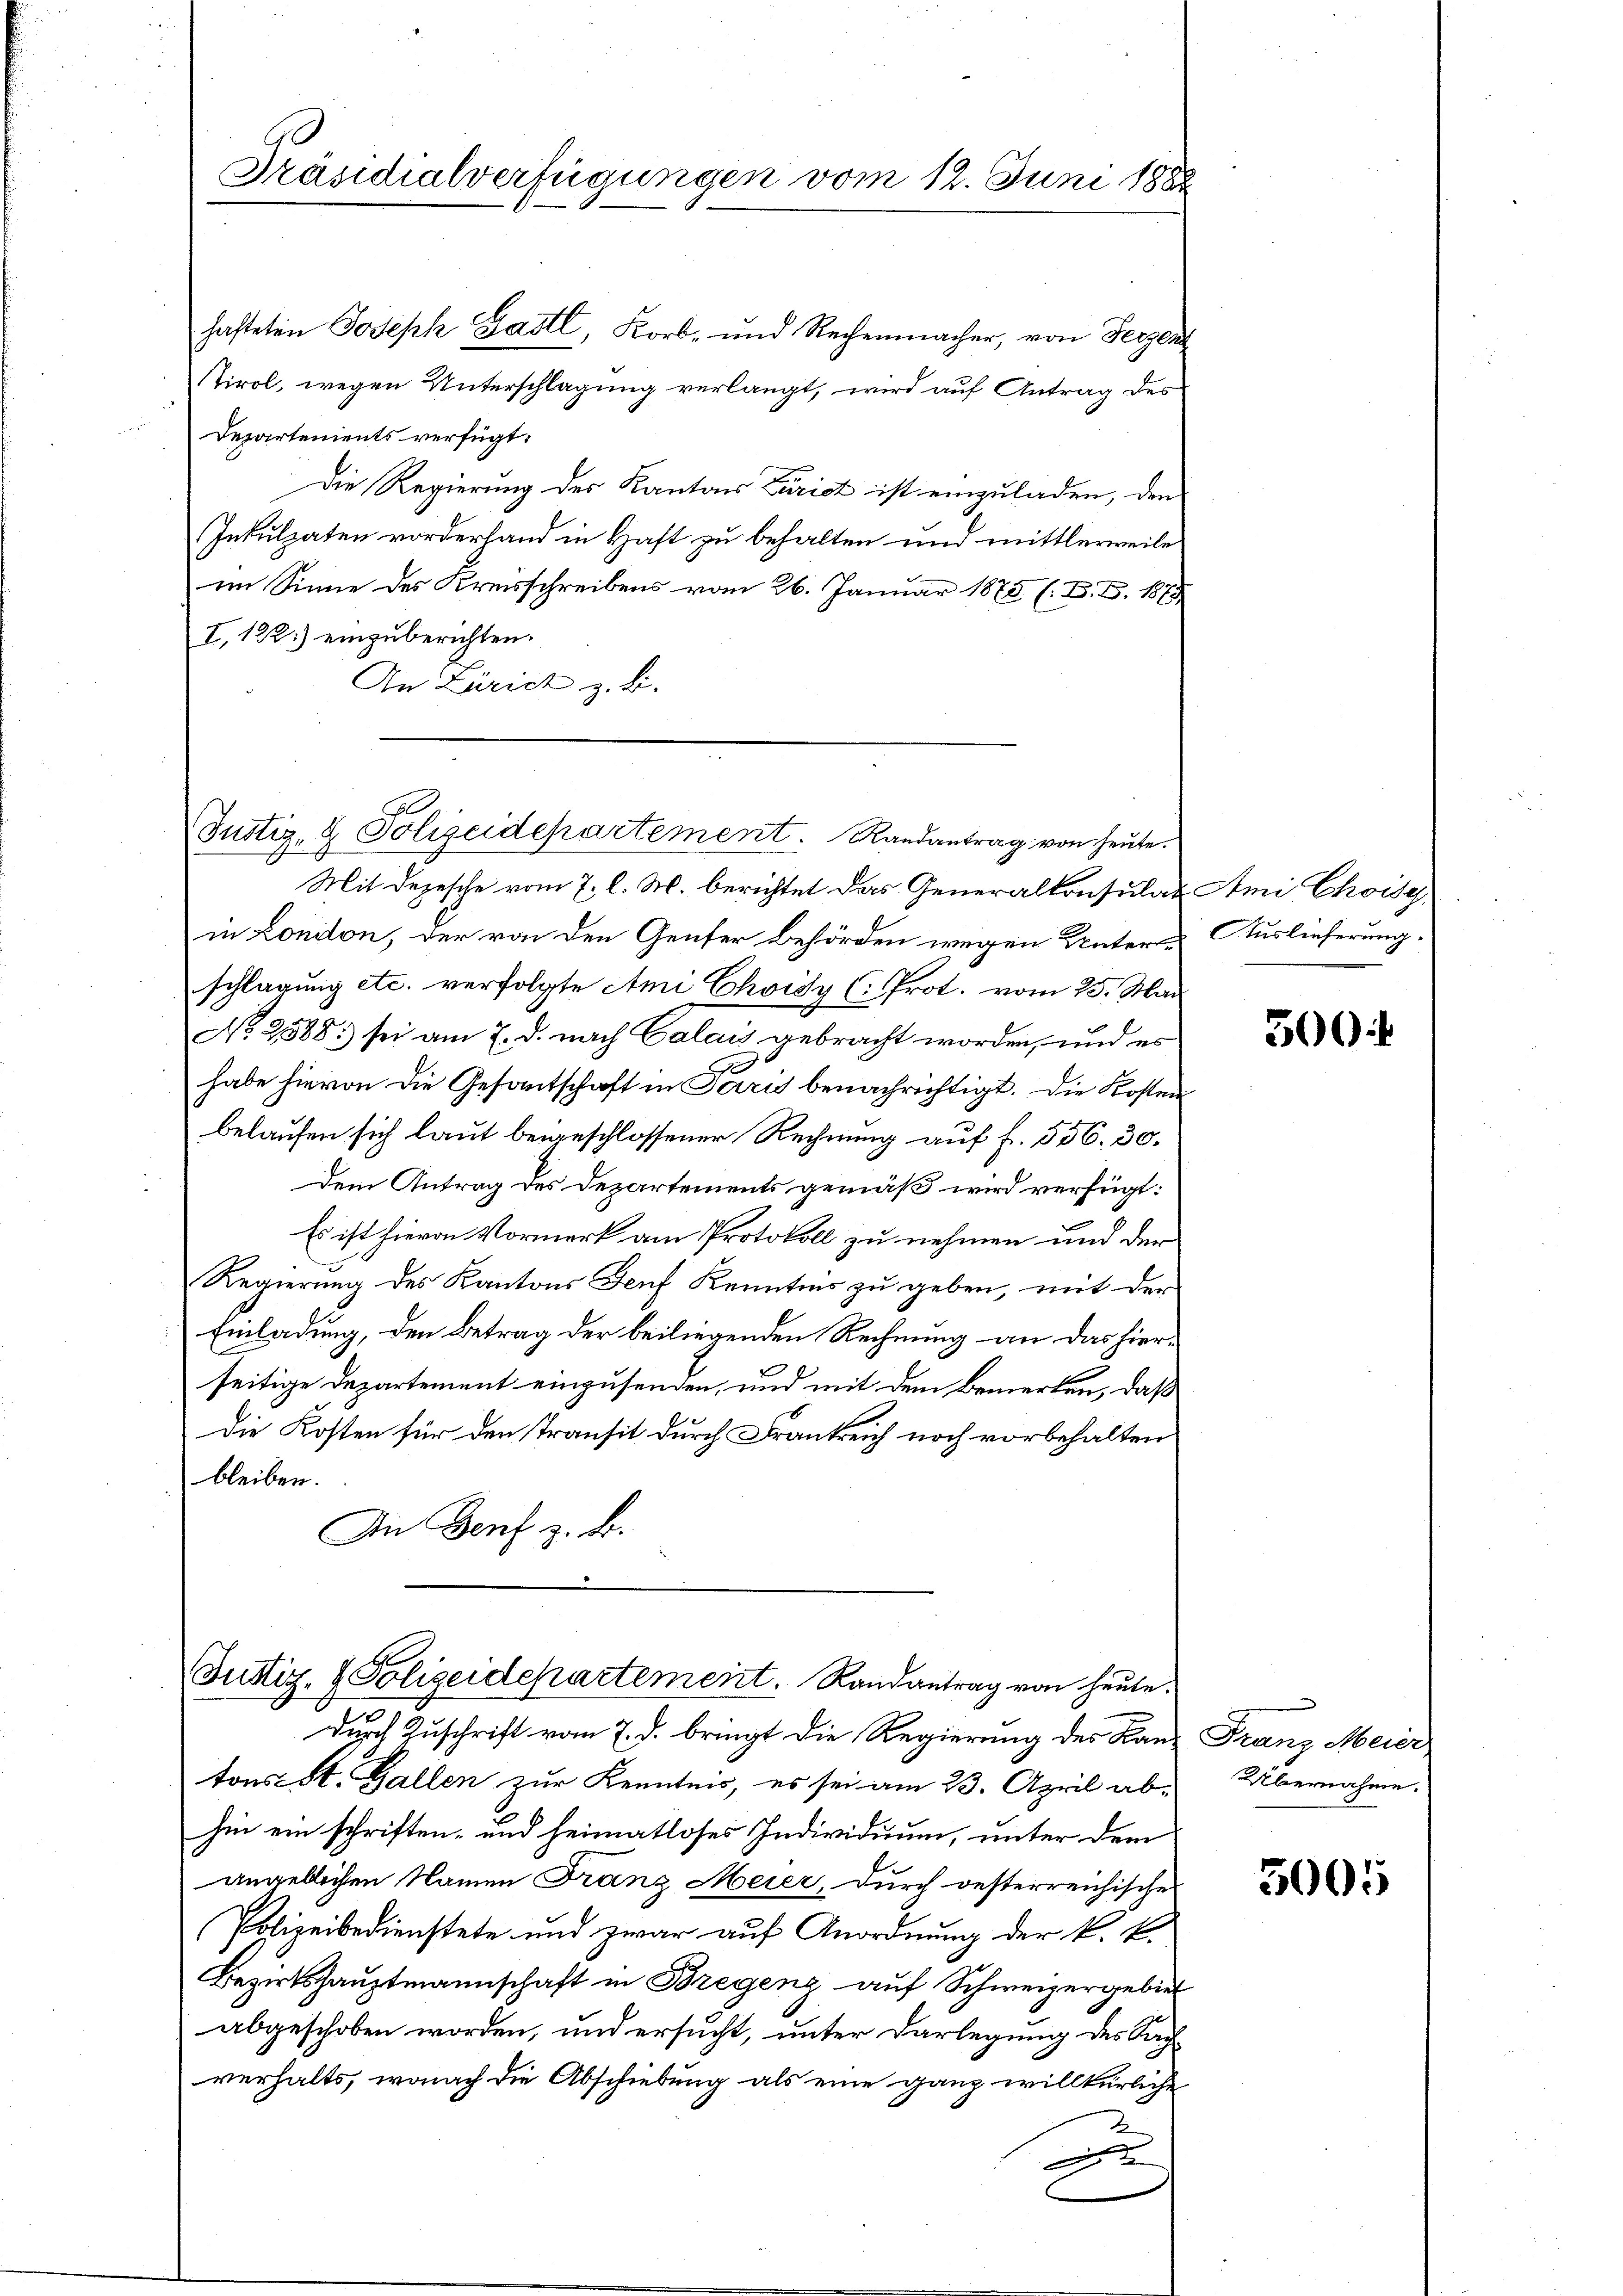
Präsidialverfügungen vom 12. Juni 188

hafteten Joseph Gastl, Korb- und Rechenmacher, von Herzen
Stirol, wegen Unterschlagung verlangt, wird auf Antrag des
Departements verfügt:
Die Regierung des Kantons Züricht ist einzuladen, den
Inkulpaten vorderhand in Haft zu behalten und mittlerweile
im Sinne des Kreisschreibens vom 26. Januar 1875 (B. S. 1875
I. 122.) einzuberichten.
An Zürich z. B.

Justiz- & Polizeidepartement. Randantrag von heute.

Mit Depesche vom 7. l. M. berichtet das Generalkonsulat Ami Choise
in London, der von den Genfer Behörden wegen Unter- & Auslieferung.
schlagung etc. verfolgte Ami Choisy (: Prot. vom 25. Mai
No 288. sei am 7. d. nach Calais gebracht worden, und es
6
habe hievon die Gesantschaft in Paris benachrichtigt. Die Kosten
belaufen sich laut beigeschlossener Rechnung auf f. 556. 30.
dem Antrag des Departements gemäß wird verfügt:
Es ist hievon Vormerk am Protokoll zu nehmen und der
Regierung des Kantons Genf Kenntnis zu geben, mit der
Einladung, den Betrag der beiliegenden Rechnung an das hierseitige Departement einzusenden, und mit dem Bemerken, daß
Die Kosten für den Transit durch Frankreich noch vorbehalten
bleiben.
An Genf z. B.

Justiz- & Polizeidepartement. Randantrag von heute.

durch Zuschrift vom 7. d. bringt die Regierung des Kanz Franz Meier
tons St. Gallen zur Kenntnis, es sei am 23. April ab-
hin ein schriften- und heimatloses Individuum, unter dem
angeblichen Namen Franz Meier, durch gesterreichische
Polizeibedienstete und zwar auf Anordnung der k. k.
Bezirkshauptmannschaft in Bregenz auf Schweizergebiet
abgeschoben worden, und ersucht, unter Darlegung des Sachverhalts, wonach die Abschiebung als eine ganz willkürliche
2
x

500

Übernahme.

3005